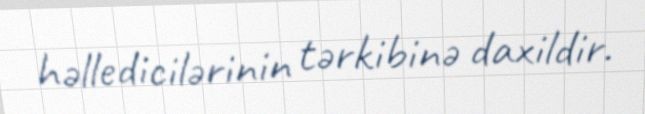
həlledicilərinin tərkibinə daxildir.